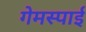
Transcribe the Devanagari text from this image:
गेमस्पाई